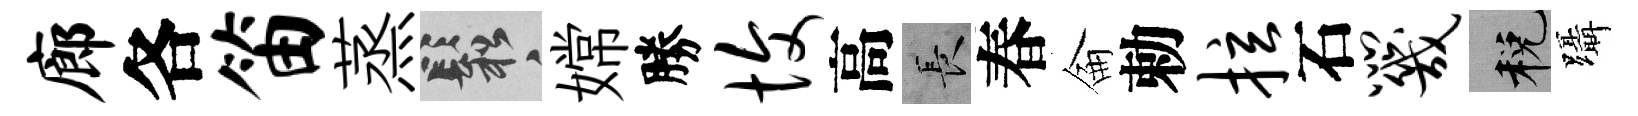
廊各笛蒸鬆嫦勝愎高长春侖勅拉石咒税躡